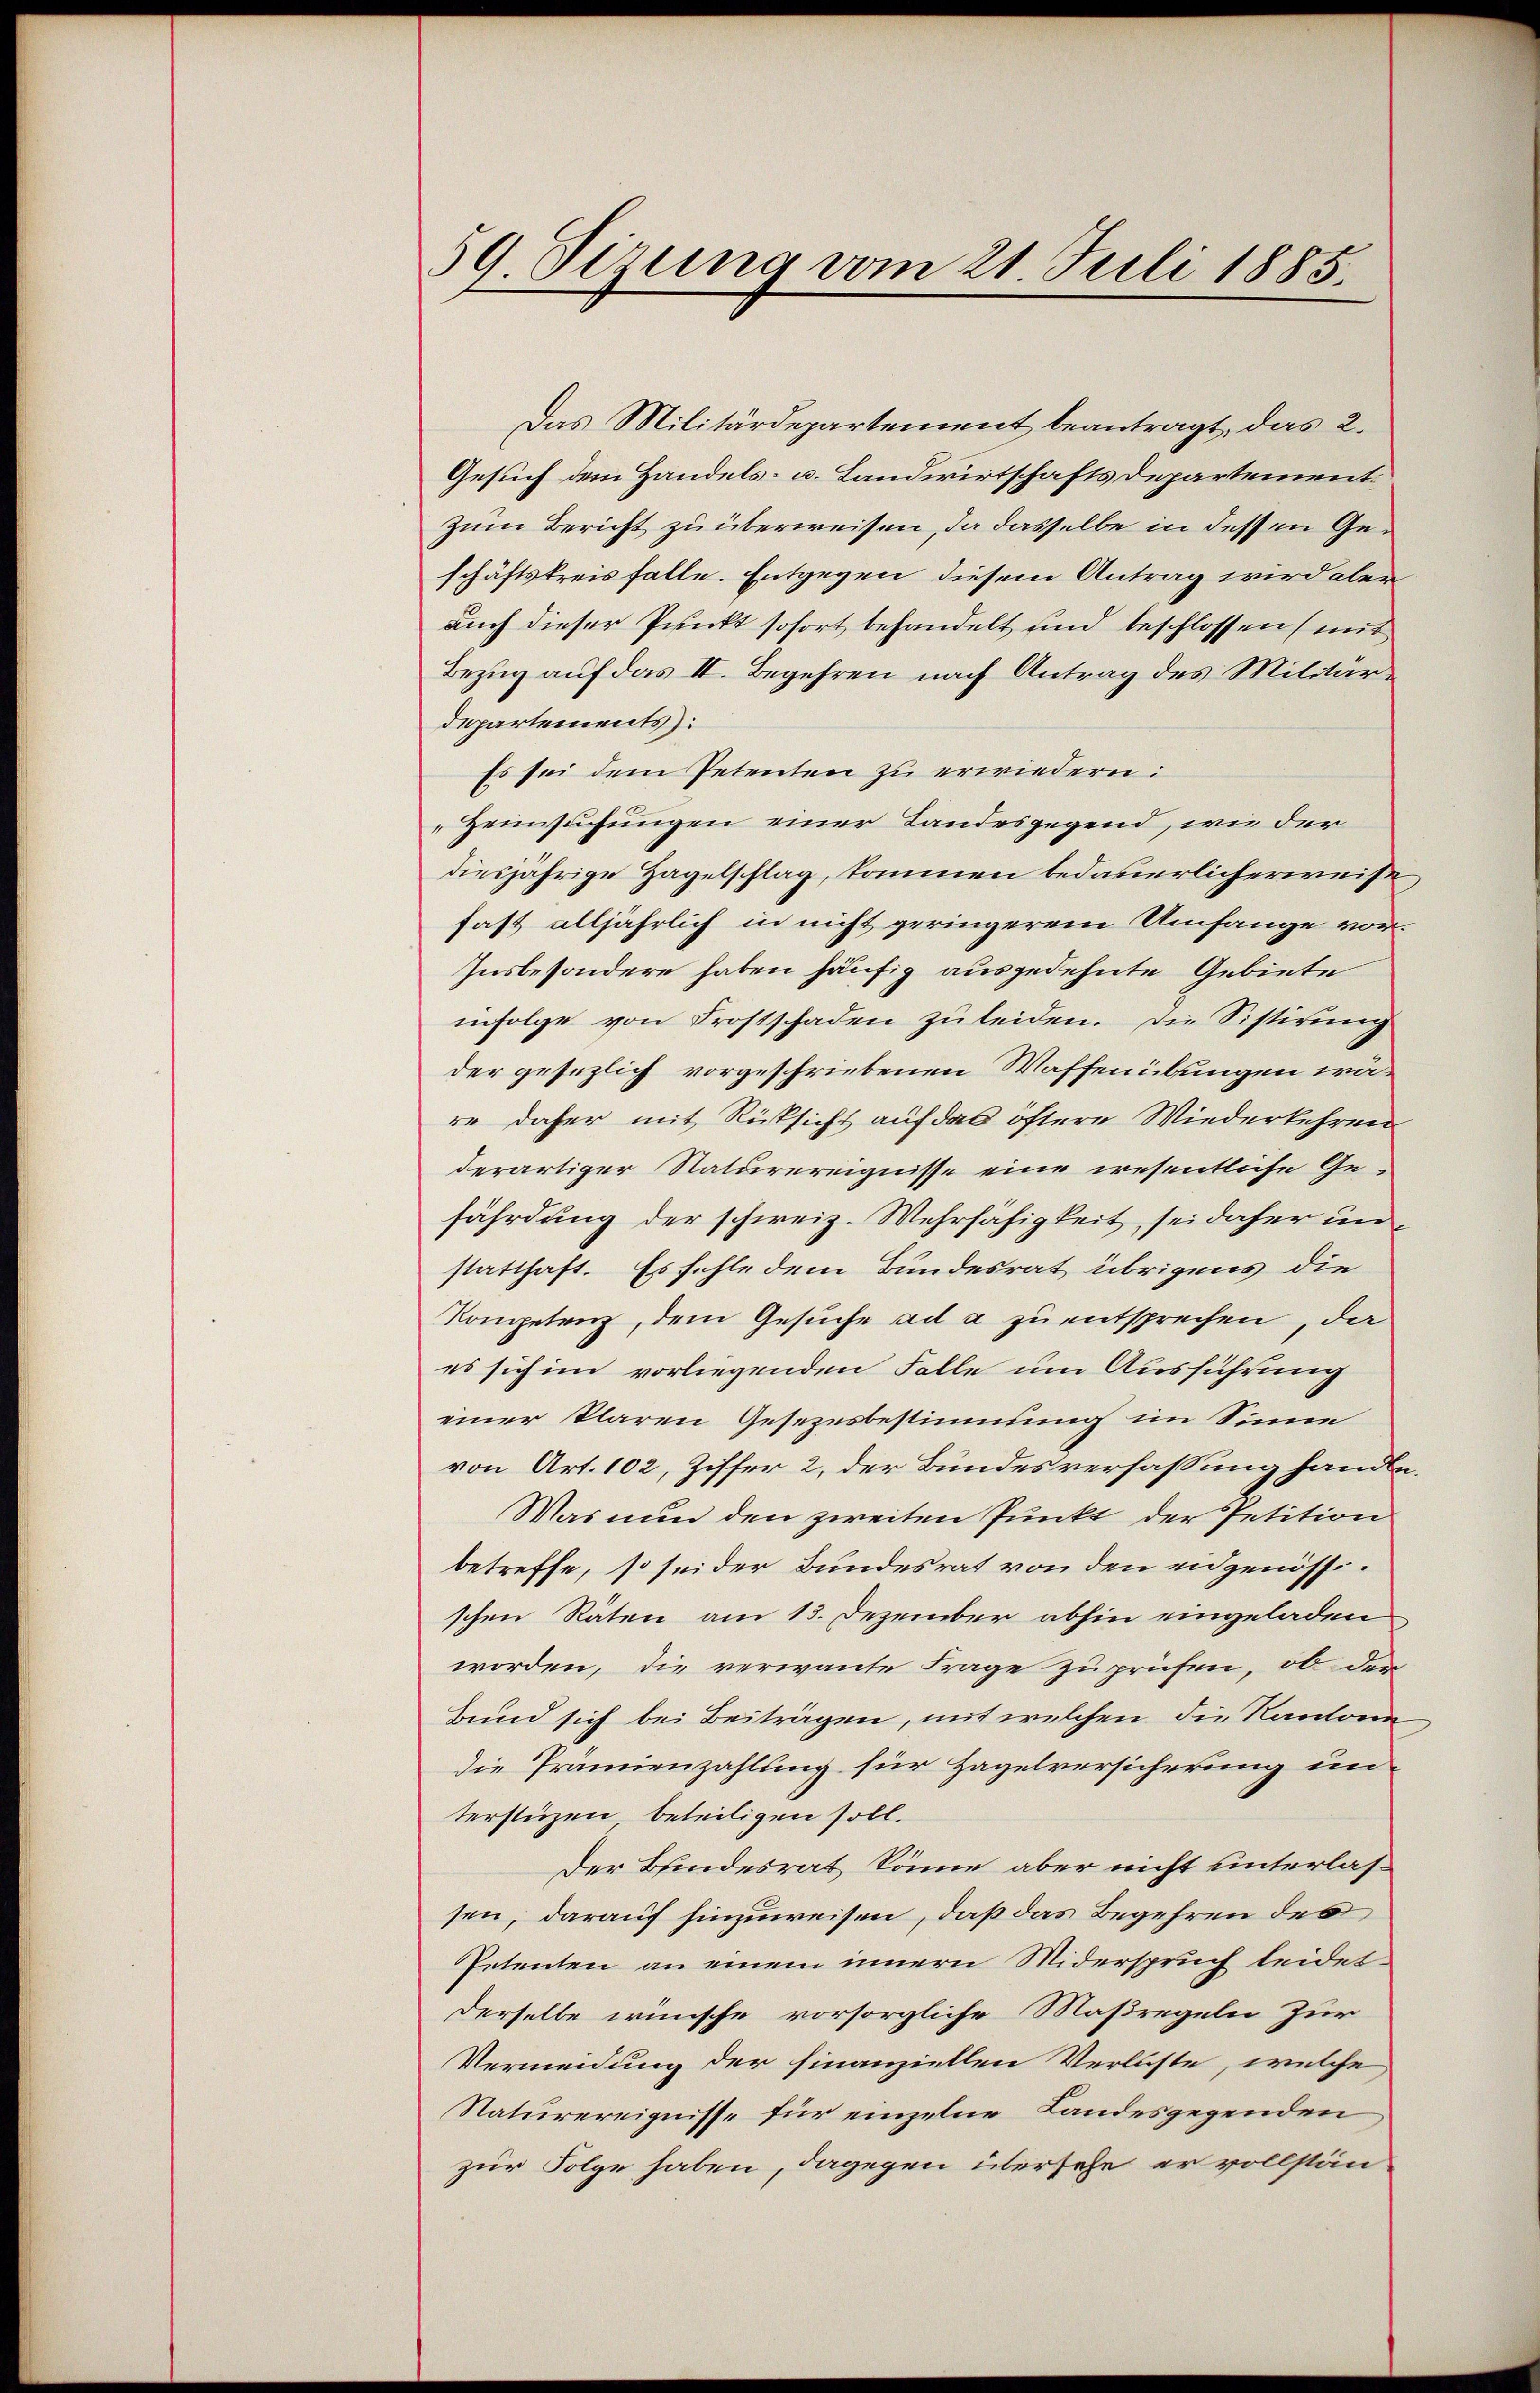
59 Sirung vom 21. Juli 1885.

Das Militärdepartement beantragt, das 2.
Gesuch dem Handels- u. Landwirtschafts Departementzum Bericht zu überweisen, da dasselbe in dessen Geschäftskreis falle. Entgegen diesem Antrag wird aber
auch dieser Punkt sofort behandelt und beschlossen (mit
Bezug auf das II. Begehren nach Antrag des Militärdepartements):
Es sei dem Petenten zu erwiedern:
Zeimsuchungen einer Landesgegend, wie der
diesjährige Hagelschlag, kommen bedauerlicherweise
fast alljährlich in nicht geringerem Umfange vor¬
Insbesondere haben häufig ausgedehnte Gebiete
infolge von Frostschaden zu leiden. Die Sistirung
der gesezlich vorgeschriebenen Waffenübungen wäre daher mit Rücksicht auf das öftere Wiederkehren
derartiger Staturereignisse eine wesentliche Gefährdung der schweiz. Wehrfähigkeit, sei daher unstatthaft. Es fehle dem Bundesrat übrigens die
Kompetenz, dem Gesuche ad a zu entsprechen, da
es sich im vorliegenden Falle um Ausführung
einer klaren Gesezesbestimmung im Sinne
von Art. 102, Ziffer 2, der Bundesverfassung handle
Mas nun den zweiten Punkt der Petition
betreffe, so sei der Bundesrat von den eidgenössischen Räten am 13. Dezember abhin eingeladen
worden, die verwante Frage zu prüfen, ob den
Bund sich bei Beiträgen, mit welchen die Kantone
die Prämienzahlung für Hagelversicherung un-
terstüzen beteiligen soll.
Der Bundesrat könne, aber nicht unterlassen, darauf hinzuweisen, daß das Begehren des
Petenten an einem innern Widerspruch leidet
Derselbe wünsche vorsorgliche Maßregeln zur
Vermeidung der finanziellen Verluste, welche
Naturereignisse für einzelne Landesgegenden
zur Folge haben, dagegen übersehe er vollstän¬